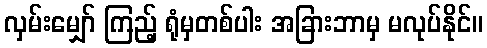
လှမ်းမျှော် ကြည့် ရုံမှတစ်ပါး အခြားဘာမှ မလုပ်နိုင်။